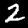
Label: 2